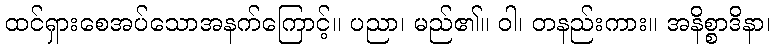
ထင်ရှားစေအပ်သောအနက်ကြောင့်။ ပညာ၊ မည်၏။ ဝါ၊ တနည်းကား။ အနိစ္စာဒိနာ၊